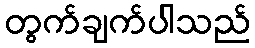
တွက်ချက်ပါသည်